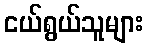
ငယ်ရွယ်သူများ